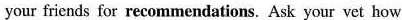
your friends for recommendations. Ask your vet how